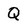
Character: Q